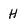
Character: H